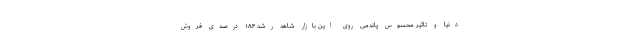
دنیا و تاثیر محسوس پاندمی روی این بازار شاهد رشد ۱۸.۴ درصدی فروش